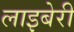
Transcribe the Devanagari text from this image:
लाइबेरी